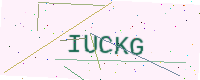
Text: IUCKG